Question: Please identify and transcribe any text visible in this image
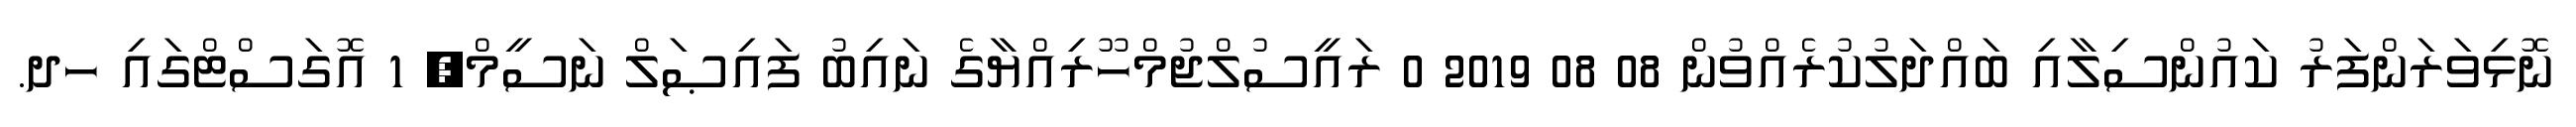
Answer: ނޮޅިވަރަންފަރު ކައުންސިލާއި ބައްދަލުކުރެއްވުން 08 08 2019 0 ރައީސުލްޖުމްހޫރިއްޔާގެ ނައިބު ފައިޞަލް ނަސީމް, 1 އޮގަސްޓްގައި ހދ.